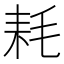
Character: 耗